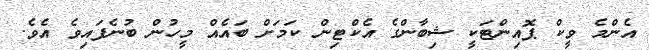
އެންމެ ވީކް ޕޮއިންޓަކީ ޝިބާންގެ އެކްޓިން ކަމަށް ބައެއް މީހުން ބުނެފައިވެ އެވެ.